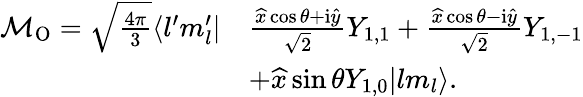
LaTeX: \begin{array}{rl}{\mathcal{M}_{\mathrm{{O}}}=\sqrt{\frac{4\pi}{3}}\langle l^{\prime}m_{l}^{\prime}|}&{\frac{\widehat{x}\cos\theta+\mathrm{i}\widehat{y}}{\sqrt{2}}Y_{1,1}+\frac{\widehat{x}\cos\theta-\mathrm{i}\widehat{y}}{\sqrt{2}}Y_{1,-1}}\\ &{+\widehat{x}\sin\theta Y_{1,0}|lm_{l}\rangle.}\end{array}